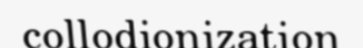
collodionization